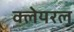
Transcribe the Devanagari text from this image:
क्लेयरल